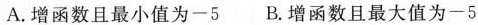
A.增函数且最小值为-5 B.增函数且最大值为-5